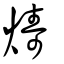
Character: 燽